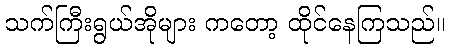
သက်ကြီးရွယ်အိုများ ကတော့ ထိုင်နေကြသည်။